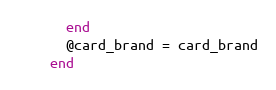
Language: Ruby
      end
      @card_brand = card_brand
    end